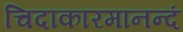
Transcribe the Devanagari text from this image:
चिदाकारमानन्दं